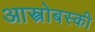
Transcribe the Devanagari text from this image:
आस्त्रोबस्की